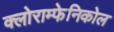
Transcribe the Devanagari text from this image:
क्लोराम्फेनिकोल